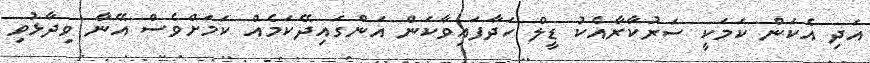
އަދި އެކަން ކަމަކީ ސަރުކާރާއެކު ޑީލް ހަދާފައިވާކަން އަންގައިދޭކަމެއް ކަމަށްވެސް އޭނާ ވިދާޅުވި